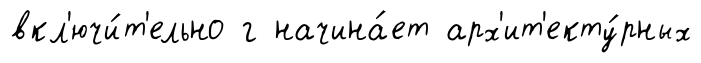
вкл'ючи́т'ельно г начина́ет арх'ит'екту́рных